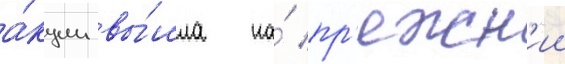
а́кции вы́шла на́ пр'ежн'ии